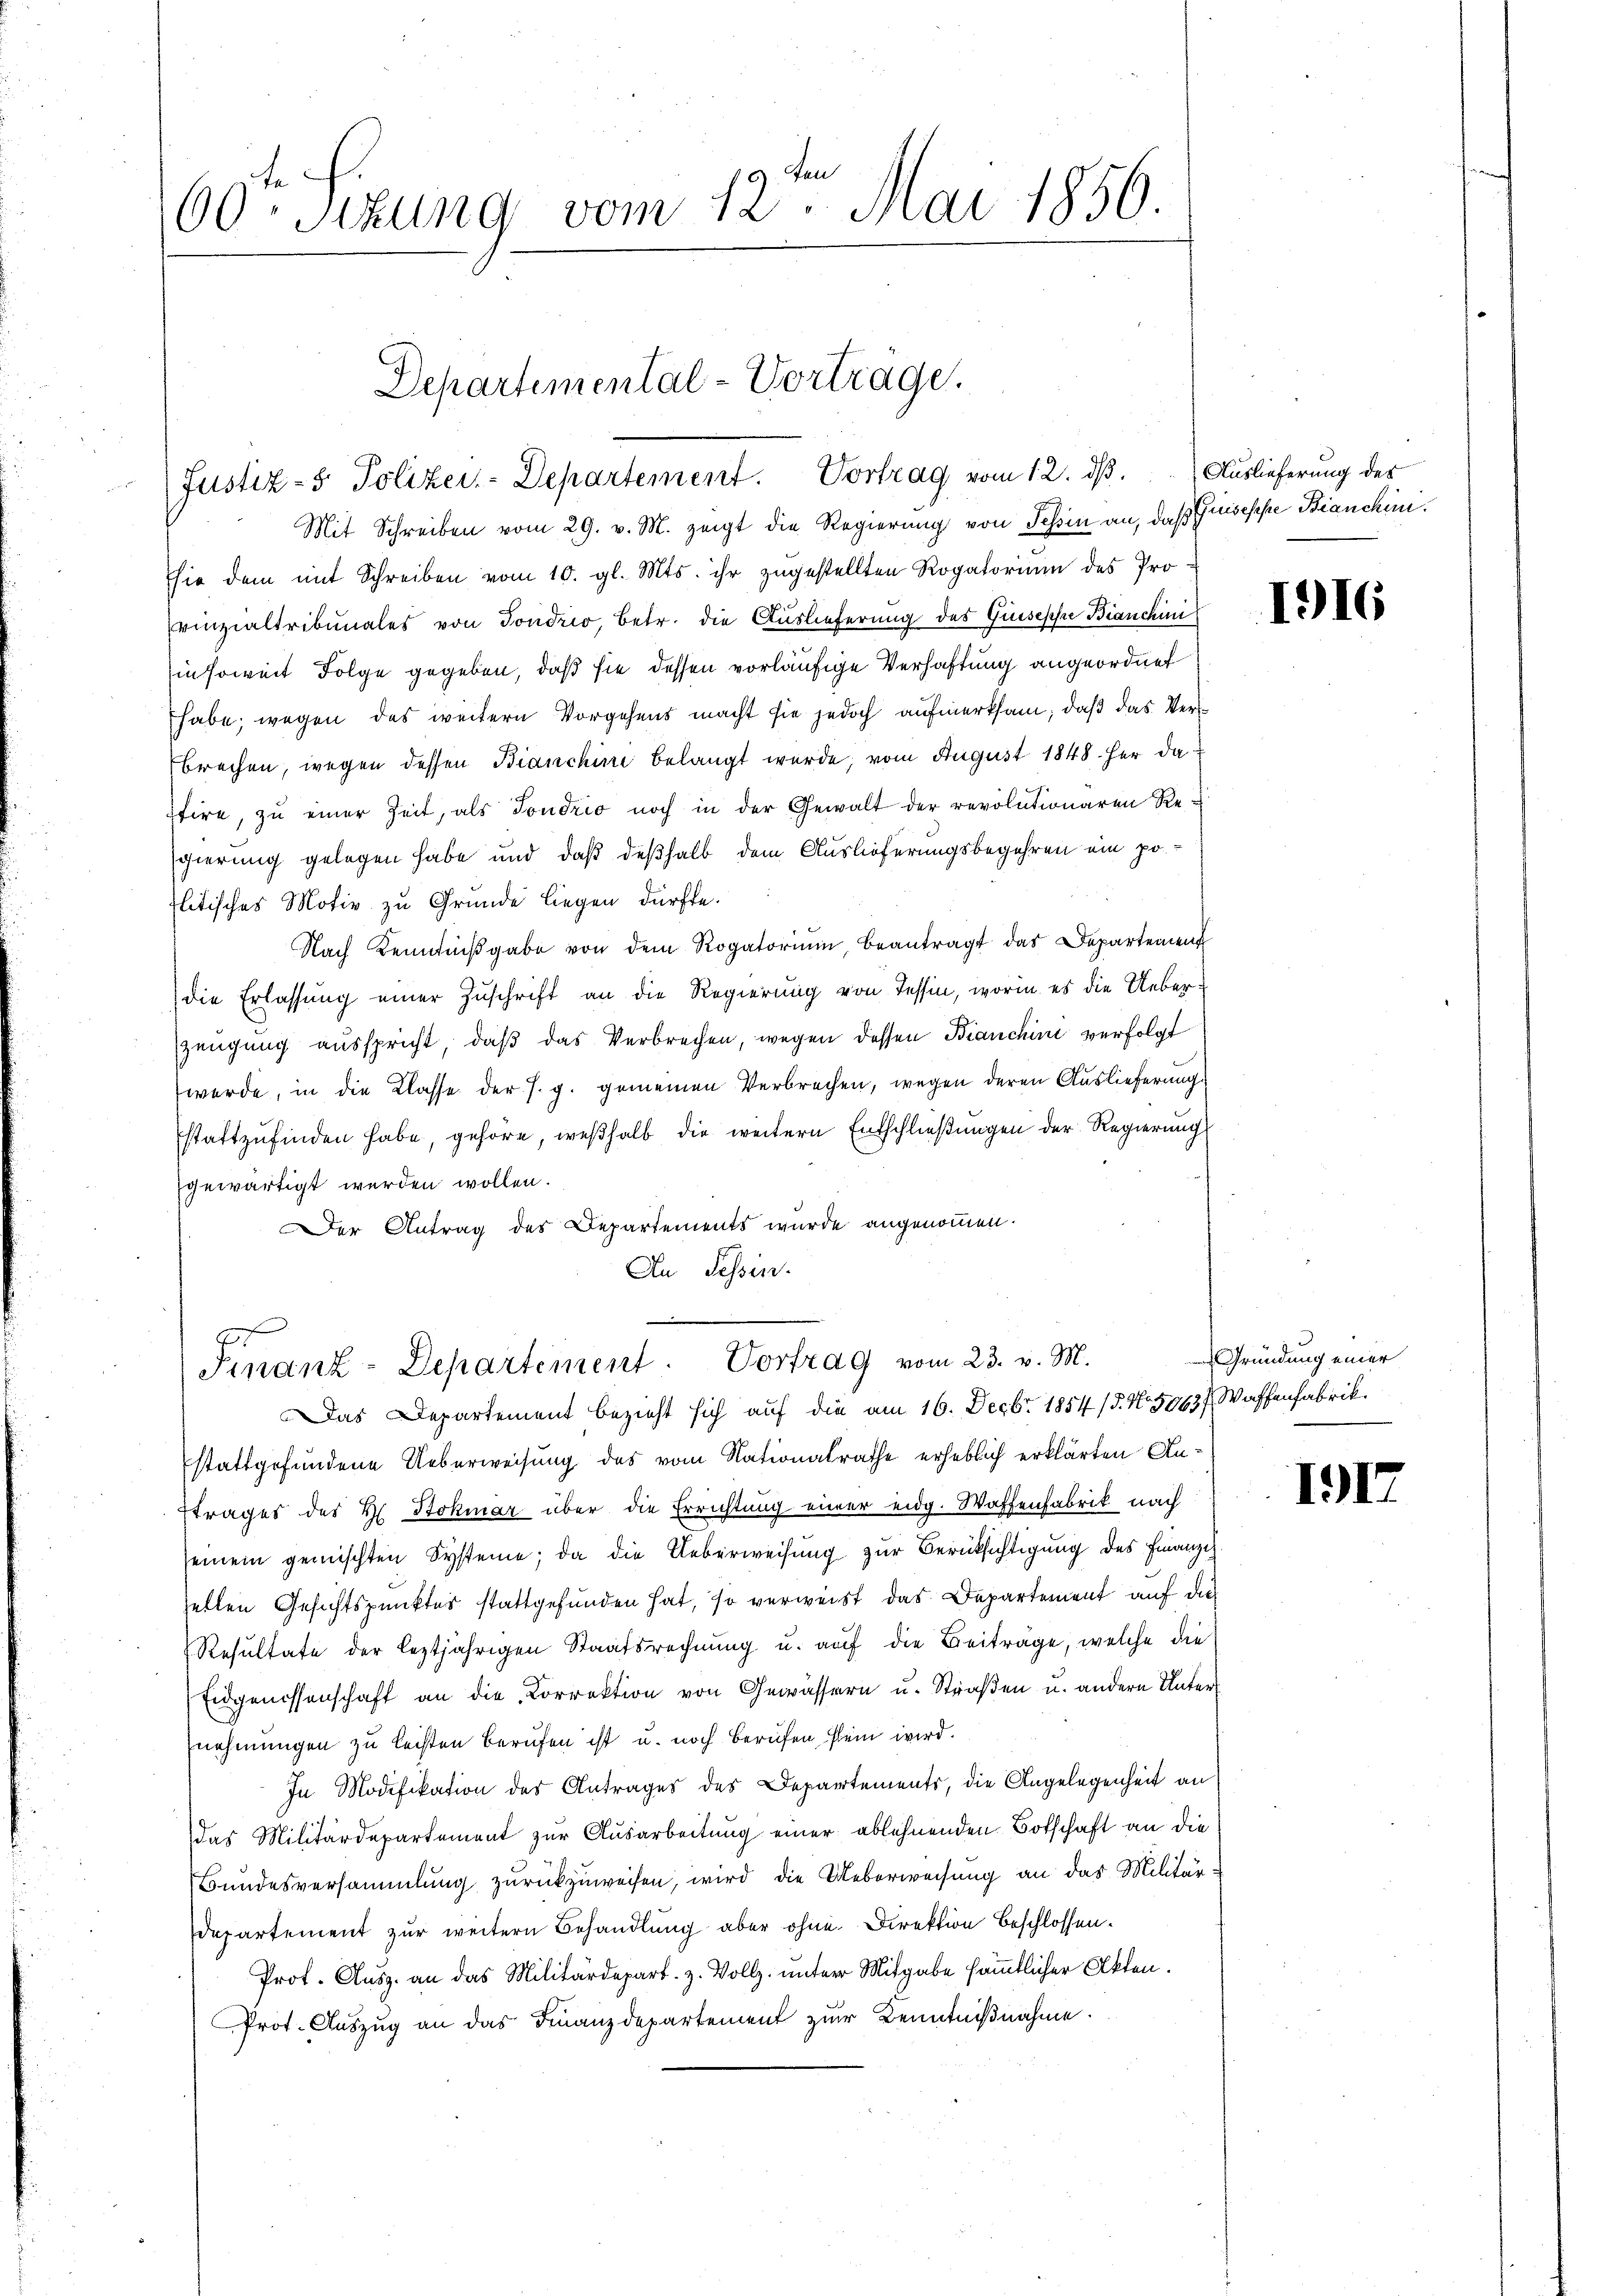
60ten Sizung vom 12. Mai 1856.

Departemental-Vortrage.
Justiz- & Polizei-Departement. Vortrag vom 12. ds. Auslieferung des

Mit Schreiben vom 29. v. M. zeigt die Regierung von Tessin an, daß Gisische Bianchini¬
Ehie dem mit Schreiben vom 10. gl. Mts. ihr zŭgestellten Rogatorium des Pro-
vinzialtribunales von Sondrio, betr. die Auslieferung des Guseppe Bianchini
Einsoweit Folge gegeben, daß sie dessen vorläufige Verhaftung angeordnet
habe, wegen des weitern Vorgehens macht sie jedoch aufmerksam, daß das Verbrechen, wegen dessen Bianchini belangt wurde, vom August 1848 her dafire, zu einer Zeit, als Sondrio noch in der Gewalt der revolutionaren Re-
sgierung gelegen habe und daß deßhalb dem Auslieferungsbegehren ein politisches Motiv zu Gründe liegen dürfte.
Nach Kenntniβgabe von dem Rogatorium, beantragt das Departement
die Erlassung einer Zuschrift an die Regierung von Tessin, worin es die Ueberzeugung ausspricht, daß das Verbrechen, wegen dessen Bianchini verfolgt
werde, in die Klasse der s. g. gemeinen Verbrechen, wegen deren Auslieferung
stattzufinden habe, gehöre, weßhalb die weitern Entschließungen der Regierung
gewärtigt werden wollen.
er Antrag des Departements wurde angenommen.
An Tessin.

x
Finanz-Departement. Vortrag vom 23. v. M.

Das Departement bezieht sich auf die am 16. Decbr. 1854/5. No. 5063 f. Waffenfabrik
stattgefundene Ueberweisung des vom Nationalrathe erheblich erklärten An¬
Etrages des H. Stokmar über die Errichtung einer eidg. Waffenfabrik nach
seinem gemischten Systeme; da die Ueberweisung zur Berücksichtigung des Finanzi
zetten Gesichtspunktes stattgefunden hat, so verweist das Departement auf die
Resultate der leztjährigen Staatsrechnung u. auf die Beiträge, welche die
Eidgenossenschaft an die Correktion von Gewässern u. Straβen u. andern Unter-
nehmungen zu leisten Berufen ist u. noch berufen sein wird.
In Modifikation des Antrages des Departements, die Angelegenheit an
das Militärdepartement zur Ausarbeitung einer ablehnenden Botschaft an die
Bundesversammlung zurückzuweisen, wird die Ueberweisung an das Militärdepartement zur weitern Behandlung aber ohne Direktion beschlossen.
Prof. Ausz. an das Militärdepart. z. Vollz. unter Mitgabe sämmtlicher Akten.
Prot. Auszug an das Finanzdepartement zur Kenntnißnahme.

1916

Gründung einer

1912